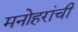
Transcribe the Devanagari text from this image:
मनोहरांची